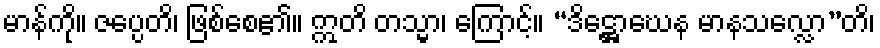
မာန်ကို။ ဇပ္ပေတိ၊ ဖြစ်စေ၏။ ဣတိ တသ္မာ၊ ကြောင့်။ “ဒိဋ္ဌောဃေန မာနသလ္လော”တိ၊